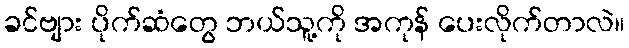
ခင်ဗျား ပိုက်ဆံတွေ ဘယ်သူ့ကို အကုန် ပေးလိုက်တာလဲ။